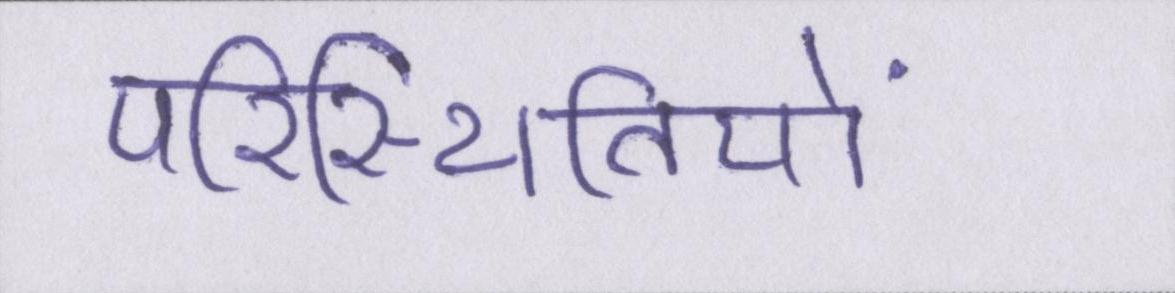
परिस्थितियों